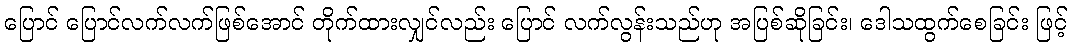
ပြောင် ပြောင်လက်လက်ဖြစ်အောင် တိုက်ထားလျှင်လည်း ပြောင် လက်လွန်းသည်ဟု အပြစ်ဆိုခြင်း၊ ဒေါသထွက်စေခြင်း ဖြင့်